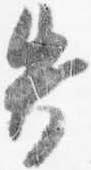
失